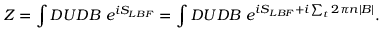
Z = \int { \cal D } U { \cal D } B ~ e ^ { i S _ { L B F } } = \int { \cal D } U { \cal D } B ~ e ^ { i S _ { L B F } + i \sum _ { t } 2 \pi n | B | } .